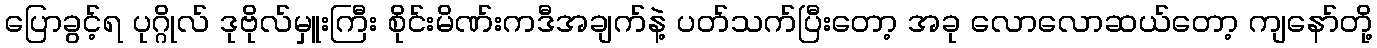
ပြောခွင့်ရ ပုဂ္ဂိုလ် ဒုဗိုလ်မှူးကြီး စိုင်းမိဏ်းကဒီအချက်နဲ့ ပတ်သက်ပြီးတော့ အခု လောလောဆယ်တော့ ကျနော်တို့